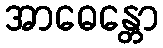
အာဓေန္တော